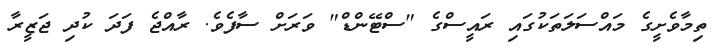
ތިމާވެށީގެ މައްސަލަތަކުގައި ރައީސްގެ "ސްޓޭންޑް" ވަރަށް ސާފެވެ. ރާއްޖެ ފަދަ ކުދި ޖަޒީރާ